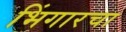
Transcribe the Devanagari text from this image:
भिंगारचा